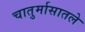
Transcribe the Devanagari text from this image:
चातुर्मासातले